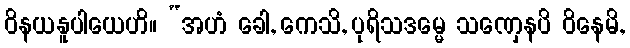
ဝိနယနူပါယေဟိ။ “အဟံ ခေါ, ကေသိ, ပုရိသဒမ္မေ သဏှေနပိ ဝိနေမိ,